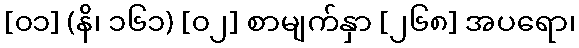
[၀၁] (နိ၊ ၁၆၁) [၀၂] စာမျက်နှာ [၂၆၈] အပရော၊